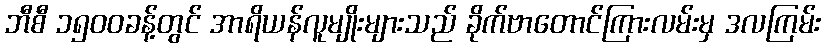
ဘီစီ ၁၅၀၀ခန့်တွင် အာရိယန်လူမျိုးများသည် ခိုက်ဗာတောင်ကြားလမ်းမှ ဒလကြမ်း